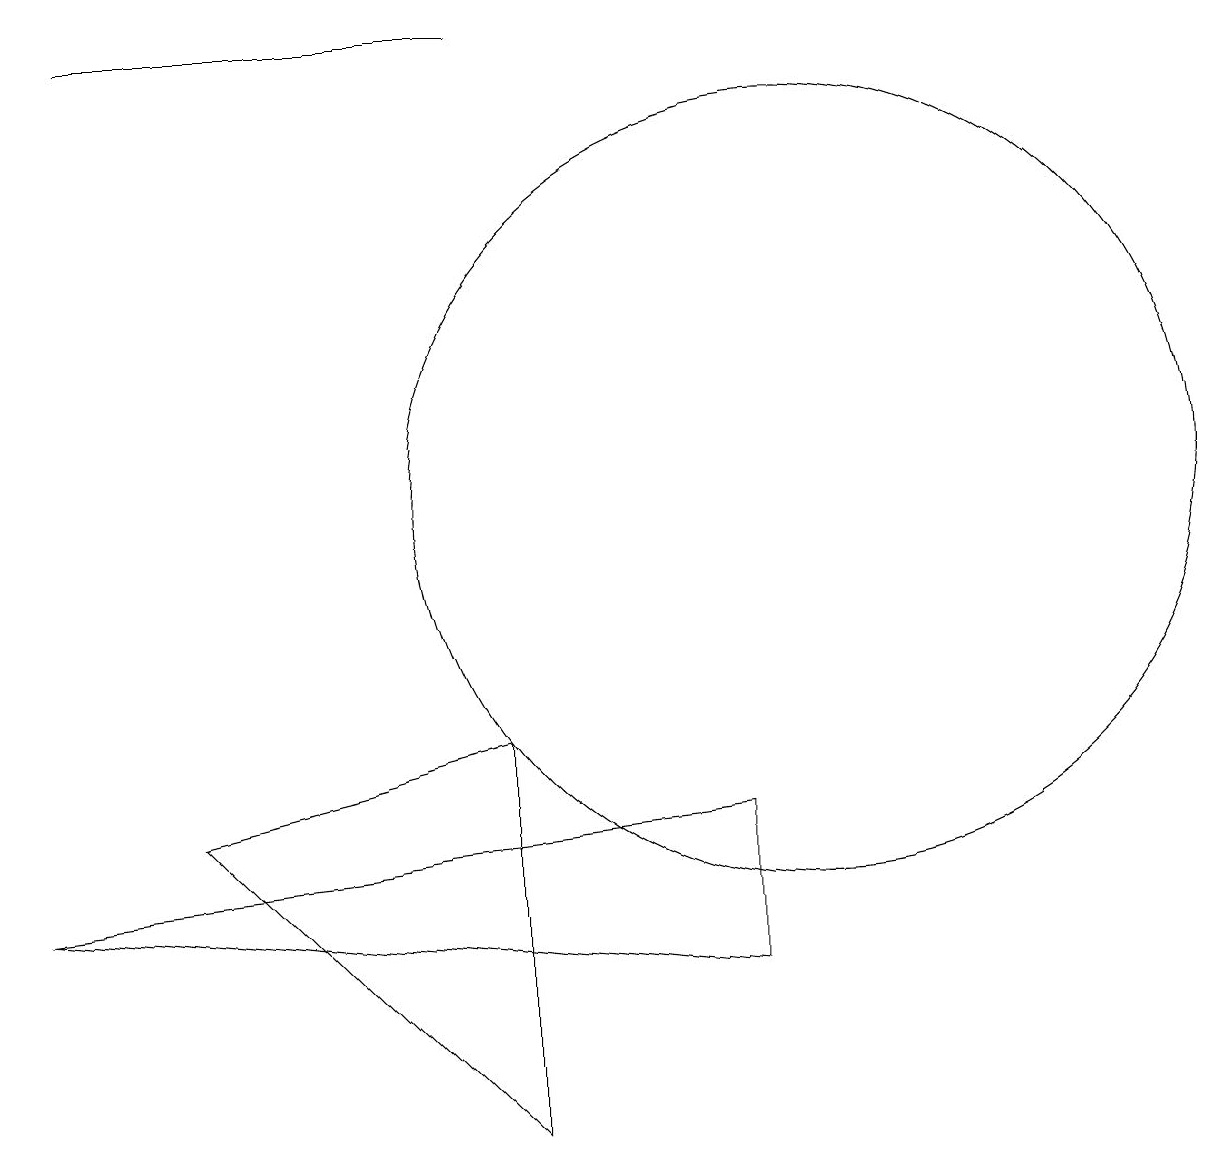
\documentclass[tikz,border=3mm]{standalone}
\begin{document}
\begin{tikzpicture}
\draw (2,7) -- (6,8) -- (6,3) -- cycle;
\draw (9,7) -- (0,6) -- (9,5) -- cycle;
\draw (10,11) circle (5);
\draw (1,17) rectangle (6,17);
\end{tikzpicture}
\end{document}